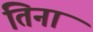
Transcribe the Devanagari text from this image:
तिनां